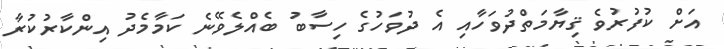
އަށް ކުފުރުވެ ޤިޔާމަތްދުވަހާއި އެ ދުވަހުގެ ހިސާބު ބެއްލެވޭނެ ކަމާމެދު އިންކާރުކުރާ